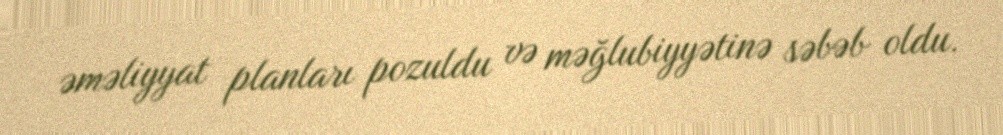
əməliyyat planları pozuldu və məğlubiyyətinə səbəb oldu.